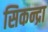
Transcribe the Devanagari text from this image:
सिकन्द्रा